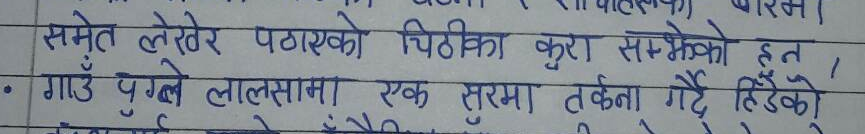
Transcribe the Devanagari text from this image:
समेत लेखेर पठाएको चिठीका कुरा सम्भेको हुन ।
• गाउँ पुग्ले लालसामा एक सुरमा तर्कना गर्दै हिंडेको